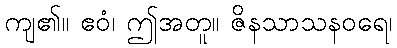
ကျ၏။ ဧဝံ၊ ဤအတူ။ ဇိနသာသနဝရေ၊